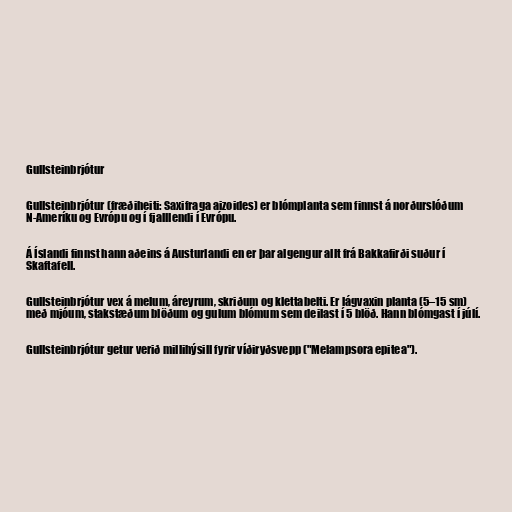
Gullsteinbrjótur

Gullsteinbrjótur (fræðiheiti: Saxifraga aizoides) er blómplanta sem finnst á norðurslóðum
N-Ameríku og Evrópu og í fjalllendi í Evrópu.

Á Íslandi finnst hann aðeins á Austurlandi en er þar algengur allt frá Bakkafirði suður í
Skaftafell.

Gullsteinbrjótur vex á melum, áreyrum, skriðum og klettabelti. Er lágvaxin planta (5–15 sm)
með mjóum, stakstæðum blöðum og gulum blómum sem deilast í 5 blöð. Hann blómgast í júlí.

Gullsteinbrjótur getur verið millihýsill fyrir víðiryðsvepp ("Melampsora epitea").